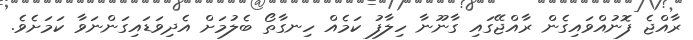
ރާއްޖެ ފޮނުއްވައިގެން ރާއްޖޭގައި ގާނޫނާ ހިލާފު ކަމެއް ހިނގާތޯ ބެލުމަށް އެެދިވަޑައިގަންނަވާ ކަމަށެވެ.